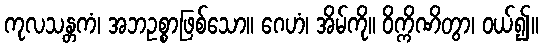
ကုလသန္တကံ၊ အဘဥစ္စာဖြစ်သော။ ဂေဟံ၊ အိမ်ကို။ ဝိက္ကိဏိတွာ၊ ဝယ်၍။